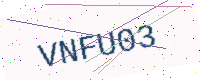
Text: VNFU03